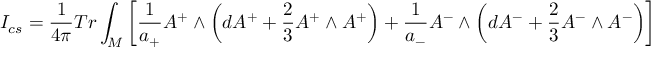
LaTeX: I _ { c s } = \frac { 1 } { 4 \pi } T r \int _ { M } \left[ \frac { 1 } { a _ { + } } A ^ { + } \wedge \left( d A ^ { + } + \frac { 2 } { 3 } A ^ { + } \wedge A ^ { + } \right) + \frac { 1 } { a _ { - } } A ^ { - } \wedge \left( d A ^ { - } + \frac { 2 } { 3 } A ^ { - } \wedge A ^ { - } \right) \right]